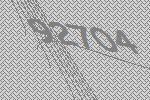
92704